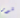
فور